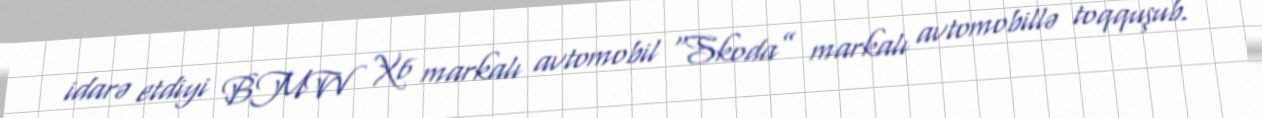
idarə etdiyi BMW X6 markalı avtomobil “Skoda” markalı avtomobillə toqquşub.